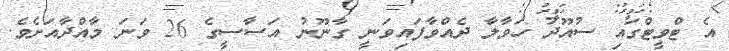
އެ ޓްވީޓްގައި ސުއޫދު ހަވާލާ ދެއްވާފައިވަނީ ގާނޫނު އަސާސީގެ 26 ވަނަ މާއްދާއަށެވެ.